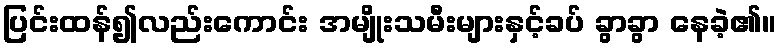
ပြင်းထန်၍လည်းကောင်း အမျိုးသမီးများနှင့်ခပ် ခွာခွာ နေခဲ့၏။